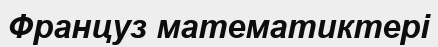
Француз математиктері